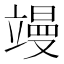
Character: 𮄸